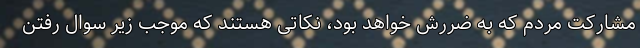
مشارکت مردم که به ضررش خواهد بود، نکاتی هستند که موجب زیر سوال رفتن